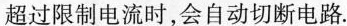
超过限制电流时，会自动切断电路。